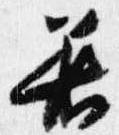
着